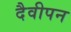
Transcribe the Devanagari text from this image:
दैवीपन